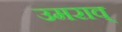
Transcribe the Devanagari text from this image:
उमराव्